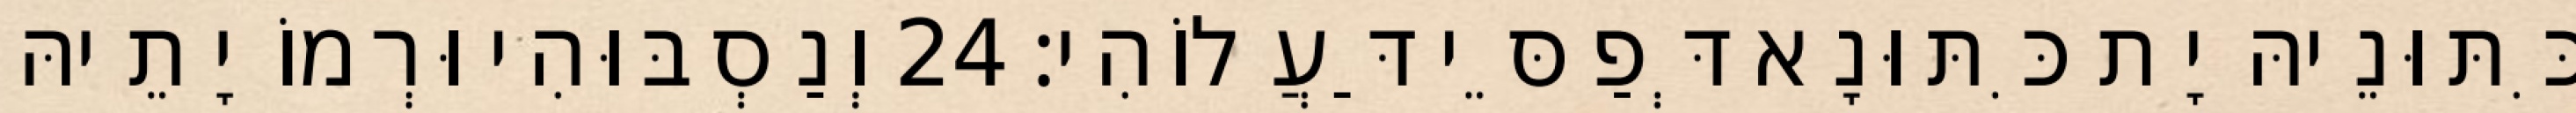
כִּתּוּנֵיהּ יָת כִּתּוּנָא דְּפַסֵּי דַּעֲלוֹהִי׃ 24 וְנַסְבּוּהִי וּרְמוֹ יָתֵיהּ